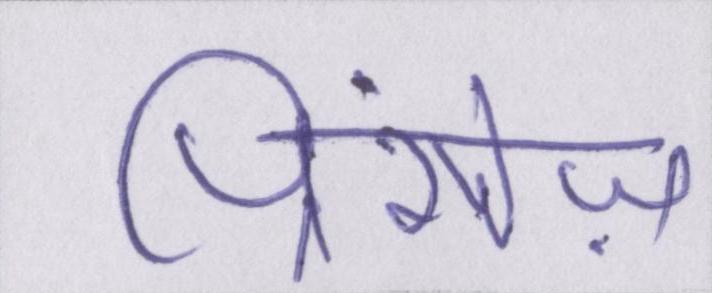
प्रिंसेज़